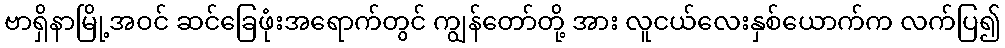
ဗာရှိနာမြို့အဝင် ဆင်ခြေဖုံးအရောက်တွင် ကျွန်တော်တို့ အား လူငယ်လေးနှစ်ယောက်က လက်ပြ၍